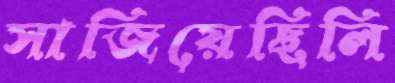
সাজিয়েছিলি